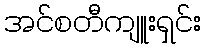
အင်စတီကျူးရှင်း